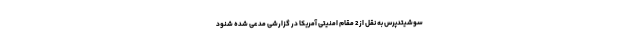
سوشیتدپرس به نقل از 2 مقام امنیتی آمریکا در گزارشی مدعی شده شنود